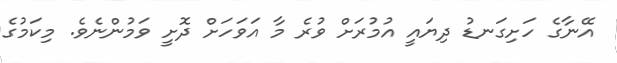
އޭނާގެ ހަށިގަނޑު ދިޔައީ އުމުރަށް ވުރެ މާ އަވަހަށް ދޮށީ ވަމުންނެވެ. މިކަމުގެ